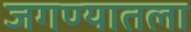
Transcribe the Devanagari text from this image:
जगण्यातला